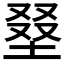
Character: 𡌭